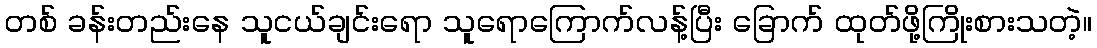
တစ် ခန်းတည်းနေ သူငယ်ချင်းရော သူရောကြောက်လန့်ပြီး ခြောက် ထုတ်ဖို့ကြိုးစားသတဲ့။